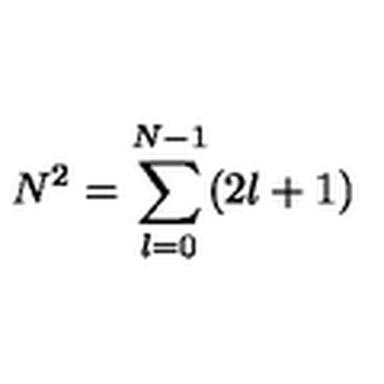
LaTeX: N ^ { 2 } = \sum _ { l = 0 } ^ { N - 1 } ( 2 l + 1 )